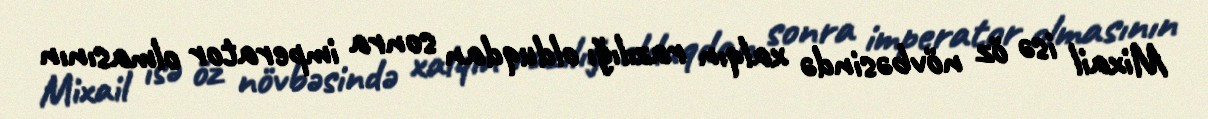
Mixail isə öz növbəsində xalqın razılığı olduqdan sonra imperator olmasının